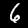
Label: 6